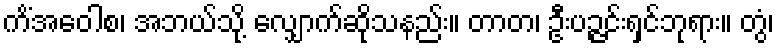
ကိံအဝေါစ၊ အဘယ်သို့ လျှောက်ဆိုသနည်း။ တာတ၊ ဦးပဉ္ဇင်းရှင်ဘုရား။ တွံ၊